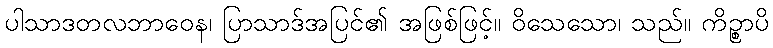
ပါသာဒတလဘာဝေန၊ ပြာသာဒ်အပြင်၏ အဖြစ်ဖြင့်။ ဝိသေသော၊ သည်။ ကိဉ္စာပိ